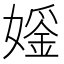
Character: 𪦢